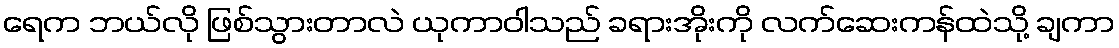
ရေက ဘယ်လို ဖြစ်သွားတာလဲ ယုကာဝါသည် ခရားအိုးကို လက်ဆေးကန်ထဲသို့ ချကာ